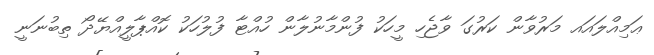
ޢަމިއްލައައ މަރުވާން ކަރުގަ ވާޖެހި މީހަކު ފުންމާނުލާން ހުއްޓާ ފުލުހަކު ކޮއްޕާލީއްޔޭދޯ ތިބުނަނީ